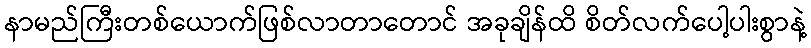
နာမည်ကြီးတစ်ယောက်ဖြစ်လာတာတောင် အခုချိန်ထိ စိတ်လက်ပေါ့ပါးစွာနဲ့